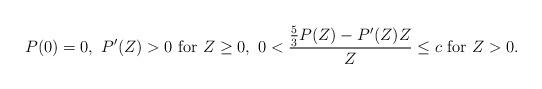
LaTeX: \begin{align*} P(0) = 0,\ P'(Z) > 0 \ \mbox{for}\ Z \geq 0,\ 0 < \frac{ \frac{5}{3} P(Z) - P'(Z) Z }{Z} \leq c \ \mbox{for}\ Z > 0.\end{align*}